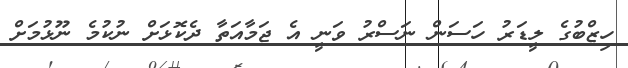
ހިޒްބުގެ ލީޑަރު ހަސަން ނަސްރު ވަނީ އެ ޖަމާއަތާ ދެކޮޅަށް ނުކުމެ ނޫޅުމަށް